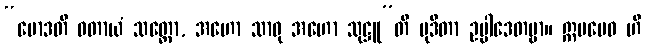
“မောဒတိ ဝတာယံ သတ္တော, အဟော သာဓု အဟော သုဋ္ဌူ”တိ မုဒိတာ ဥပ္ပါဒေတဗ္ဗာ။ ဣမမေဝ ဟိ